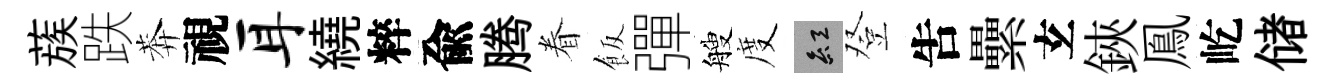
蔟跌莾視耳繞粹兪腾眷飯彈艘度紅登吿纍𤣥鋏鳯屹储